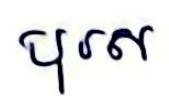
បុរស